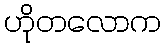
ဟိုတလောက